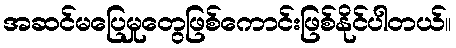
အဆင်မပြေမှုတွေဖြစ်ကောင်းဖြစ်နိုင်ပါတယ်။